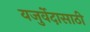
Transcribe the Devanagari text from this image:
यजुर्वेदासाठी